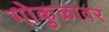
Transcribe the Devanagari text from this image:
गोकुळावर